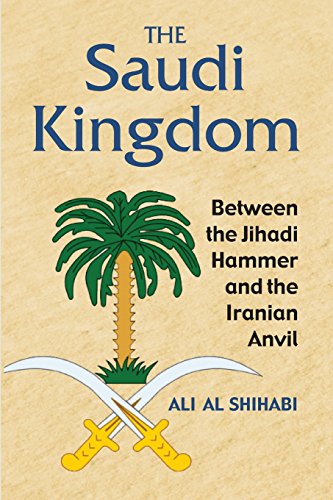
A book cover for The Saudi Kingdom; Ali Al Shihabi; History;